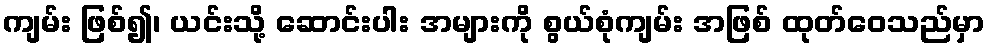
ကျမ်း ဖြစ်၍၊ ယင်းသို့ ဆောင်းပါး အများကို စွယ်စုံကျမ်း အဖြစ် ထုတ်ဝေသည်မှာ